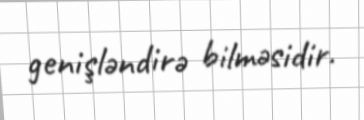
genişləndirə bilməsidir.